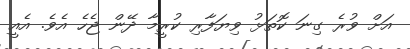
އަށް ވުރެ ގިނަ ކޮތަޅު ވިޔަފާރި ކުރީމާ ދޭން ޖެހެ އެވެ. އެއީ